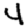
Digit: 4